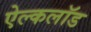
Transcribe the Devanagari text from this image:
ऐल्कलॉड